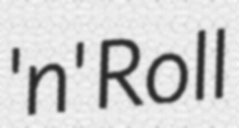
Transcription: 'n' Roll